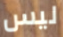
ليس